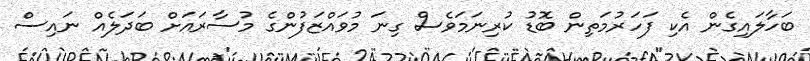
ބަހާލައިގެން އެކި ފަހަރުމަތިން ބޮޑު ކުރިނަމަވެސް ގިނަ މުވައްޒަފުންގެ މުސާރައަށް ބަދަލެއް ނައިސް